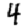
Digit: 4